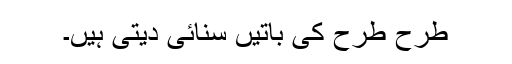
طرح طرح کی باتیں سنائی دیتی ہیں۔